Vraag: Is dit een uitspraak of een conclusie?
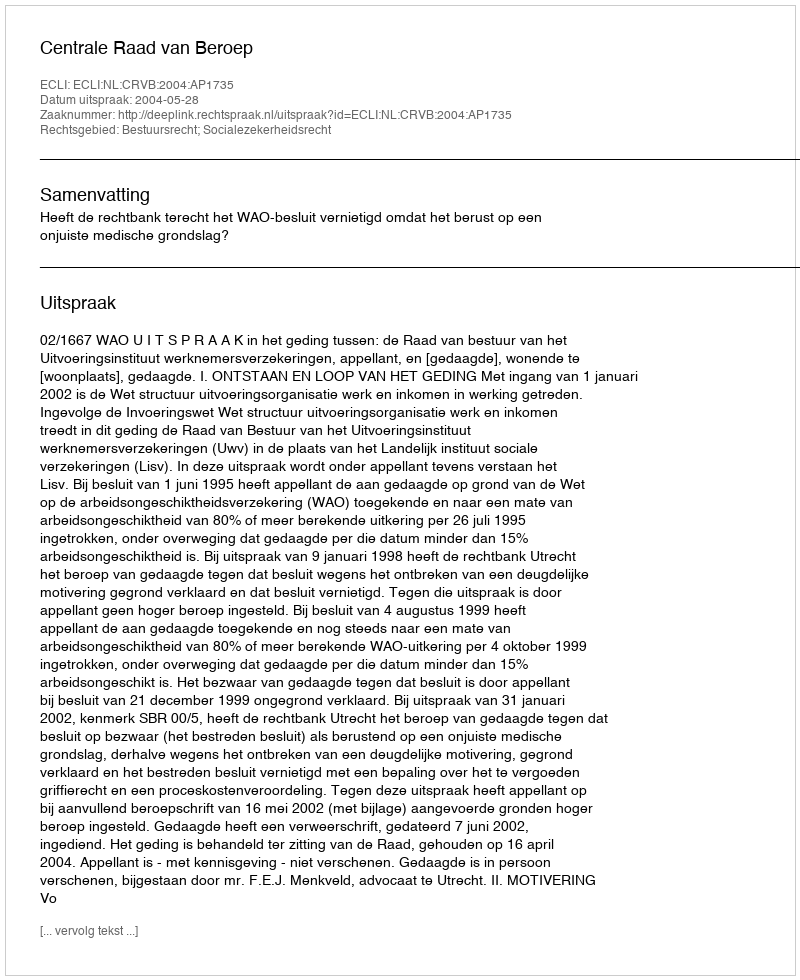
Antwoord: Uitspraak